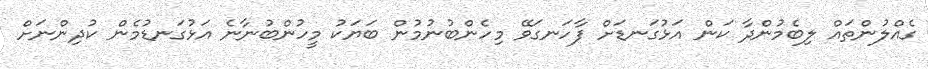
ގެއްލުންތައް ލިބެމުންދާ ކަން އަޅުގަނޑަށް ފާހަނގަވޭ މިހެންބުނުމުން ބަޔަކު މީހުންބުނާނެ އަޅުގަނޑުމެން ކުދިންނަށް